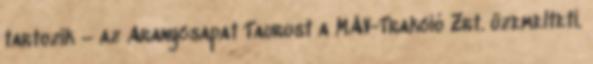
tartozik – az Aranycsapat Taurust a MÁV-Trakció Zrt. üzemelteti.